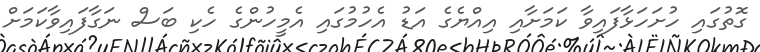
ގޮތުގައި ހުށަހަޅާފައިވާ ކަމަށާއި އިއްޔެގެ އަޑު އެހުމުގައި އެމީހުންގެ ހެކި ބަސް ނަގާފައިވާކަމަށް